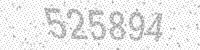
Solution: 525894